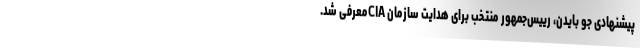
پیشنهادی جو بایدن، رییس‌جمهور منتخب برای هدایت سازمان CIAمعرفی شد.